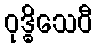
ဝုဒ္ဓိသေဝီ